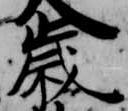
歳